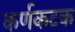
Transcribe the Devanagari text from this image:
कर्णकटक